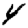
Digit: 4